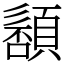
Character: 䫠